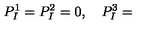
P _ { I } ^ { 1 } = P _ { I } ^ { 2 } = 0 , \quad P _ { I } ^ { 3 } =